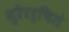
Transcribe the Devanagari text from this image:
सुरैरर्चितं